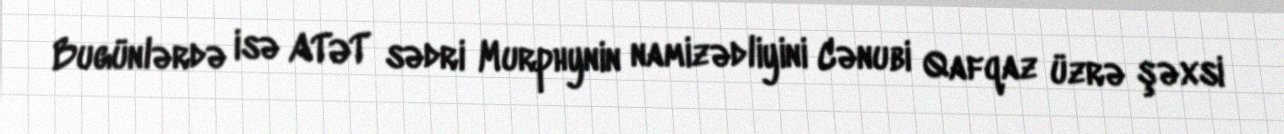
Bugünlərdə isə ATƏT sədri Murphynin namizədliyini Cənubi Qafqaz üzrə şəxsi